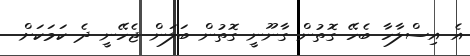
އެ އިސްލާހާ ބެހޭ ގޮތުން ގާނޫނީ ގޮތުން ބަލަން ޖެހޭނީ ދެ ކަމަކަށް